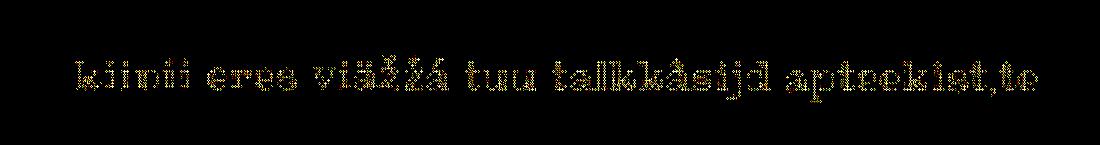
kiinii eres viäžžá tuu talkkâsijd apteekist,te